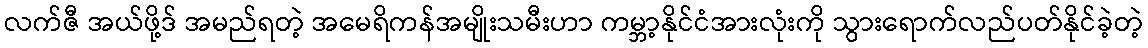
လက်ဇီ အယ်ဖို့ဒ် အမည်ရတဲ့ အမေရိကန်အမျိုးသမီးဟာ ကမ္ဘာ့နိုင်ငံအားလုံးကို သွားရောက်လည်ပတ်နိုင်ခဲ့တဲ့